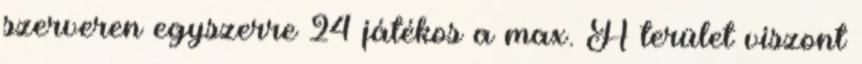
szerveren egyszerre 24 játékos a max. A terület viszont